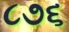
૮૭૬